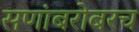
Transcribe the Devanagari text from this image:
सणांबरोबरच